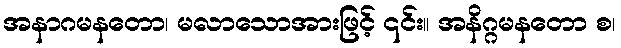
အနာဂမနတော၊ မလာသောအားဖြင့် ၎င်း။ အနိဂ္ဂမနတော စ၊